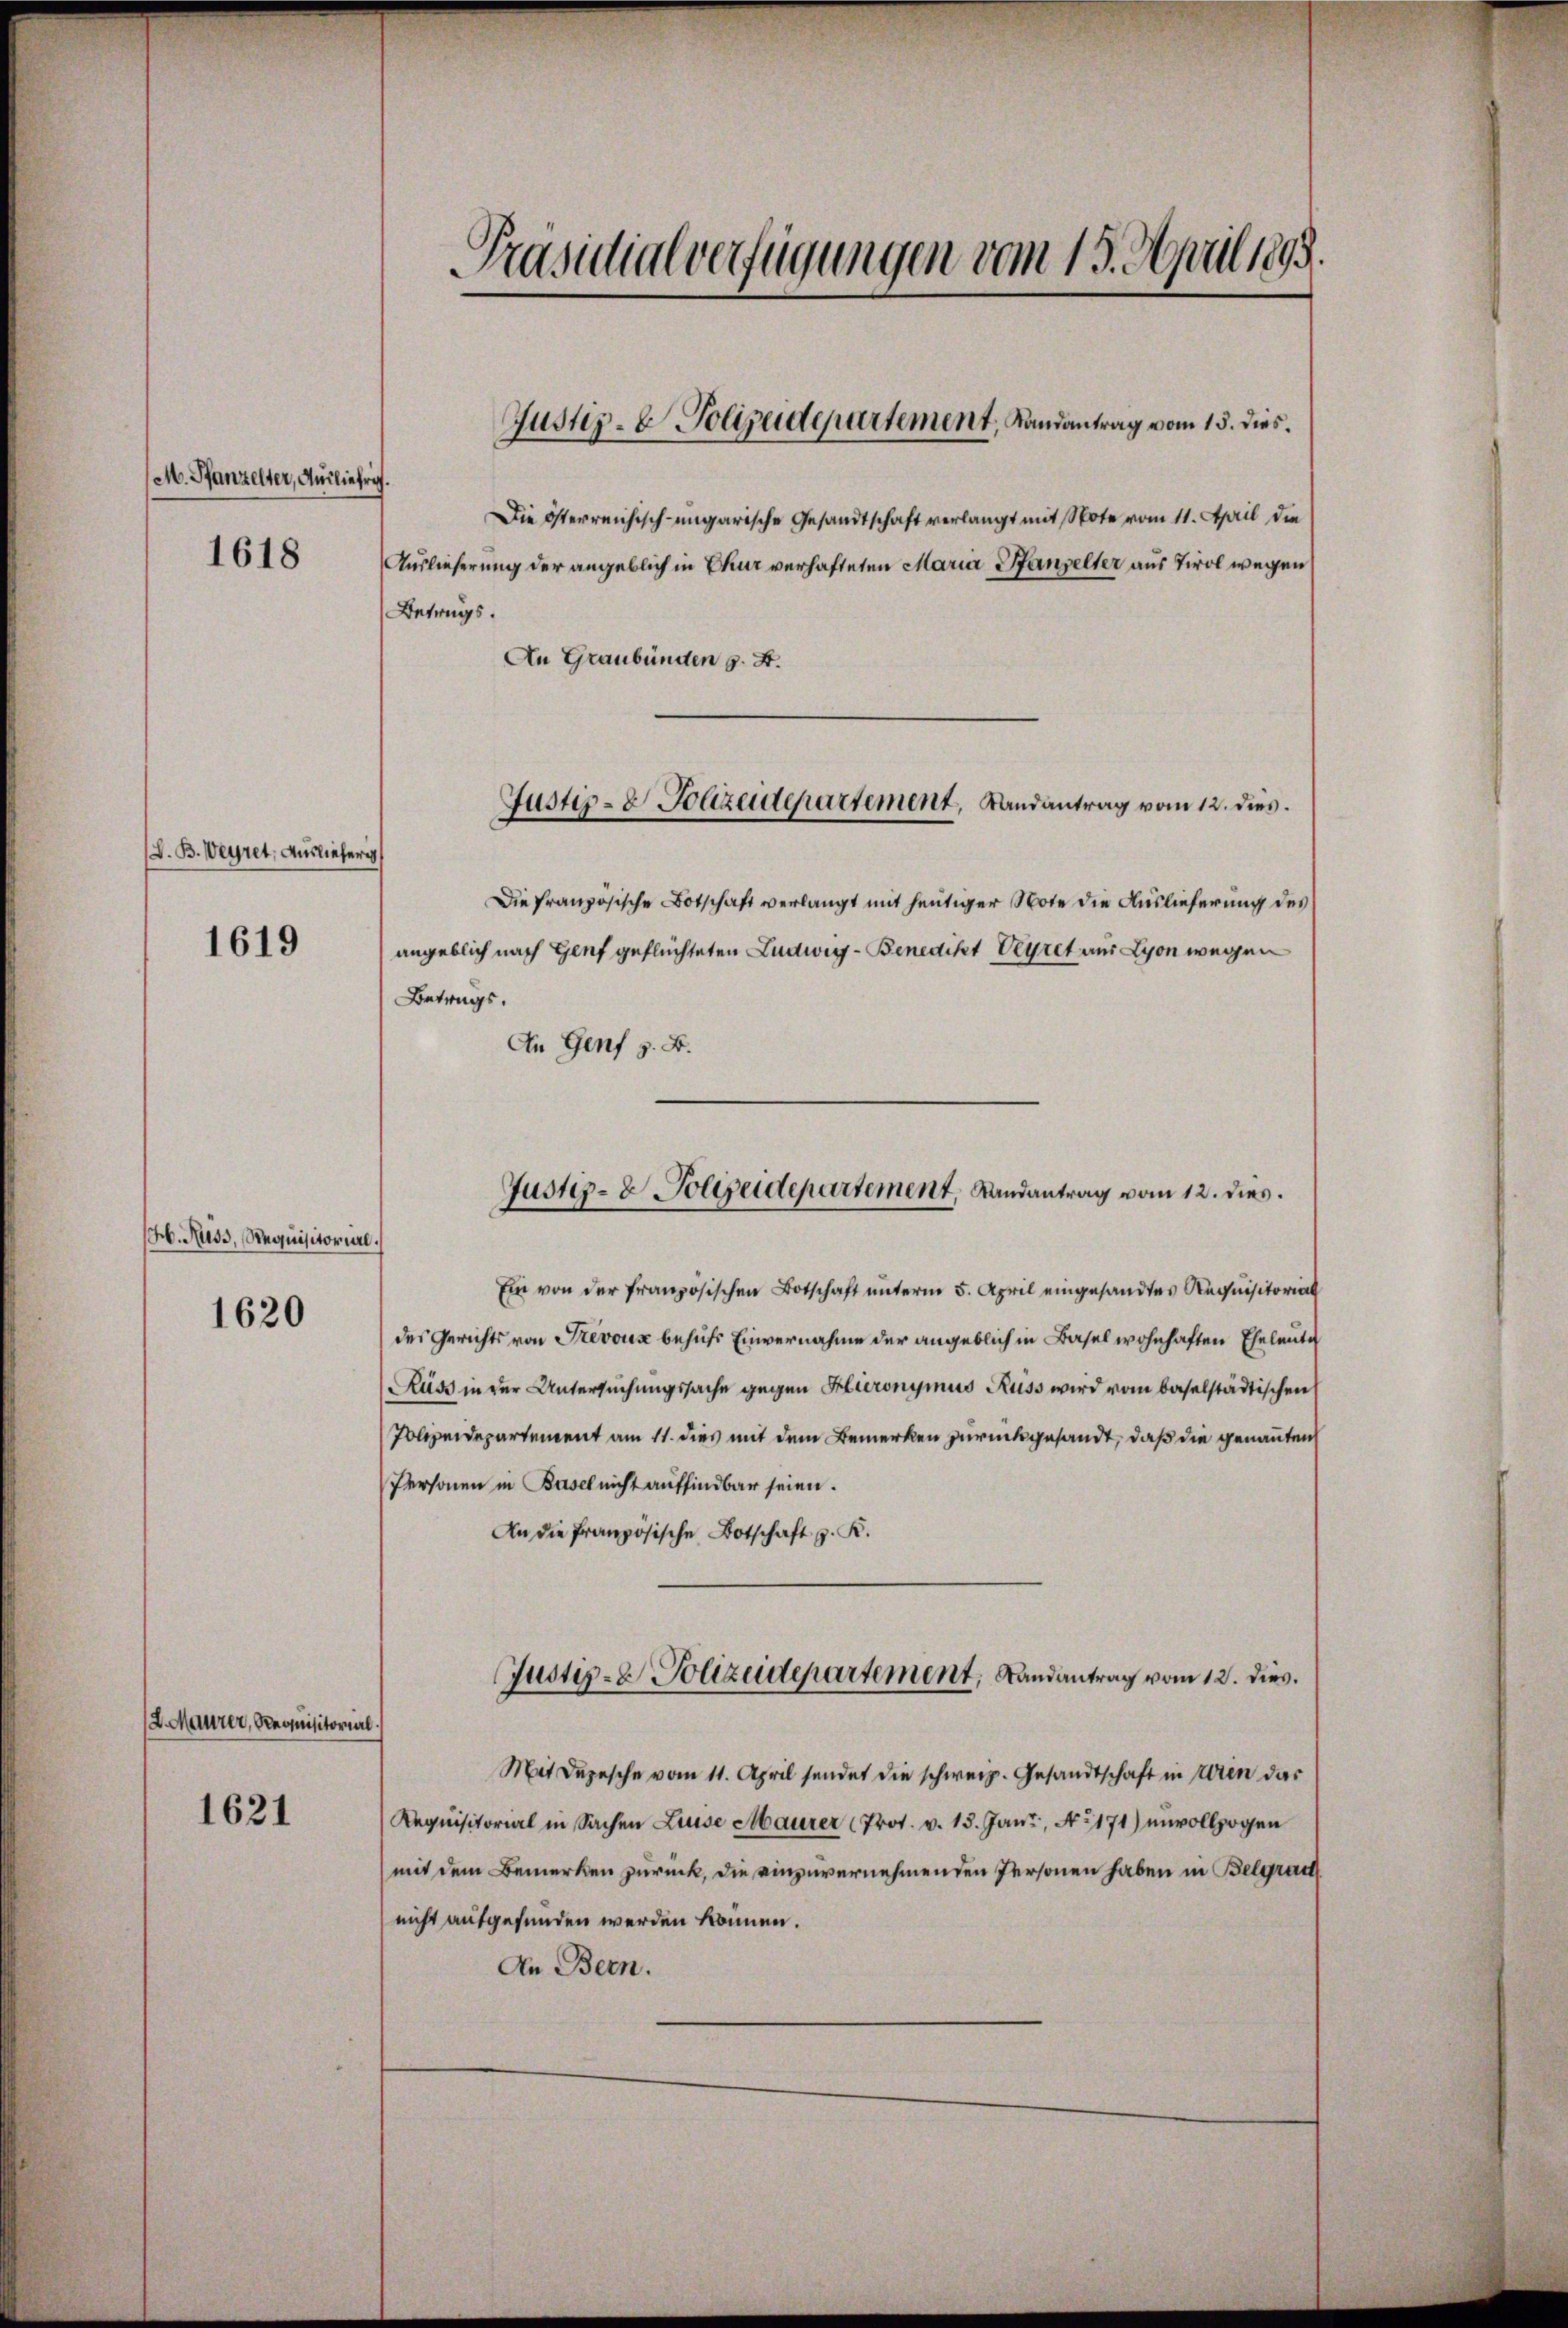
M. Pfanzelter, Ausliehrig.
1618

L. B. Weÿret, Ausliefer

1619

H. Russ, Requisitorial.

1620

L. Maurer, Requisitorial.

1621

Präsidialverfügungen vom 15. April 1893.

Die österreichisch-ungarische Gesandtschaft verlangt mit Note vom 11. April die
Auslieferung der angeblich in Chur verhafteten Maria Handelter aus Tirol wegen
Betrags.
An Graubünden z. B.
Justiz- & Polizendepartement, Landantrag vom 12. dies.
Die französische Botschaft verlangt mit heutiger Note die Auslieferung des
angeblich nach Genf geflüchteten Ludwig - Benedikt Veyret aus Lyon wegen
Betrags.
An Genf z. B.

Justiz- & Polizeidepartement, Landantrag vom 15. dies.

Justiz- & Polizeidepartement, Landantrag vom 12. dies

Ein von der französischen Botschaft unterm 5. April eingesandtes Requisitorial
des Gerichts von Prevous behufs Einvernahme der angeblich in Basel wohnhaften Eheleute
Lass in der Untersuchungssache gegen Hironymus Kuss wird vom baselstädtischen
Polizeidepartement am 11. dies mit dem Bemerken zurückgesandt, daß die genannten
Personen in Basel nicht auffindbar seien.
An die französische Botschaft z. R.
Justiz- & Polizeidepartement, Landantrag vom 12. dies.
Mit Depesche vom 11. April sendet die schweiz. Gesandtschaft in Uren das
Aequisitorial in Sachen Luise Maurer (Prot. v. 13. Janz, Ao 171) unvollzogen
mit dem Bemerken zurück, die einzuvernehmenden Personen haben in Belgrad
nicht aufgefunden werden können.
An Bern.